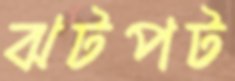
ঝটপট